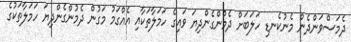
ދެމަސްވަންދެން މެނުކެނޑި ހަލަބަށް ދެމުންގެންދިޔަ ވައިގެ ހަމަލާތަކާއި އެއްގަމު މަގުން ދެމުންގެންދިޔަ ހަމަލާތަކުގެ